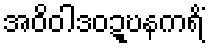
အဝိဝါဒဝဍ္ဎနကရိံ